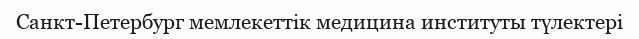
Санкт-Петербург мемлекеттік медицина институты түлектері